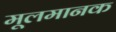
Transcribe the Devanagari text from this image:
मूलमानक